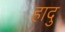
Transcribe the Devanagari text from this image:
हादु